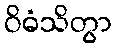
ဝိဓံသိတွာ